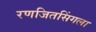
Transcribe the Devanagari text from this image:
रणजितसिंगला